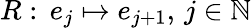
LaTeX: R:\, e_{j}\mapsto e_{j+1},\, j\in\mathbb{N}